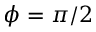
\phi = \pi / 2